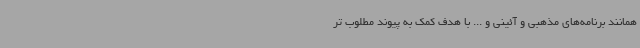
همانند برنامه‌های مذهبی و آئینی و ... با هدف کمک به پیوند مطلوب تر